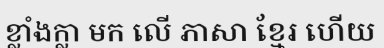
ខ្លាំងក្លា មក លើ ភាសា ខ្មែរ ហើយ